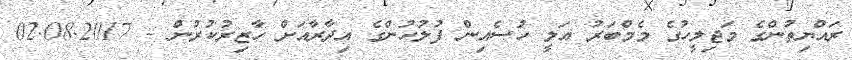
ރައްޔިތުންގެ މަޖިލީހުގެ މެމްބަރު އަލީ ހުސެއިން ފުލުހުންގެ އިދާރާއަށް ހާޒިރުކުރުން - 02.08.2017